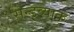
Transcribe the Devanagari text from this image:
सन्डव्याक